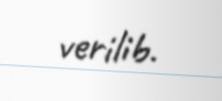
verilib.